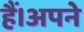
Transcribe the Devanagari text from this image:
हैं।अपने